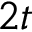
2 t